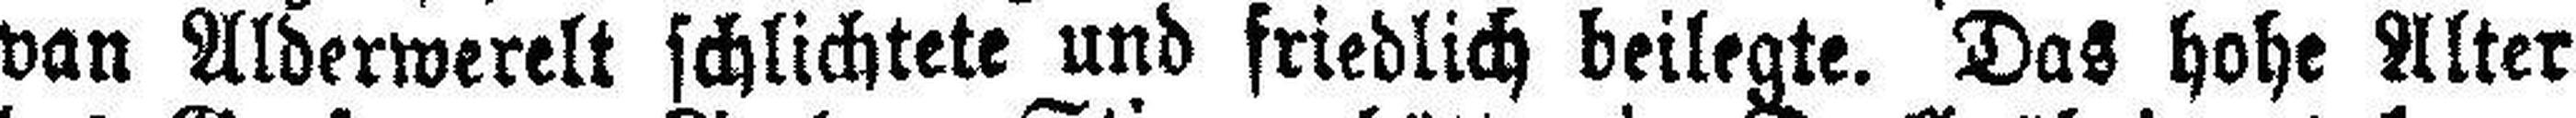
van Alderwerelt schlichtete und friedlich beilegte. Das hohe Alter